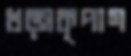
খড়্গকৃপাণ